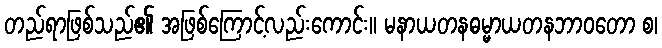
တည်ရာဖြစ်သည်၏ အဖြစ်ကြောင့်လည်းကောင်း။ မနာယတနဓမ္မာယတနဘာဝတော စ၊